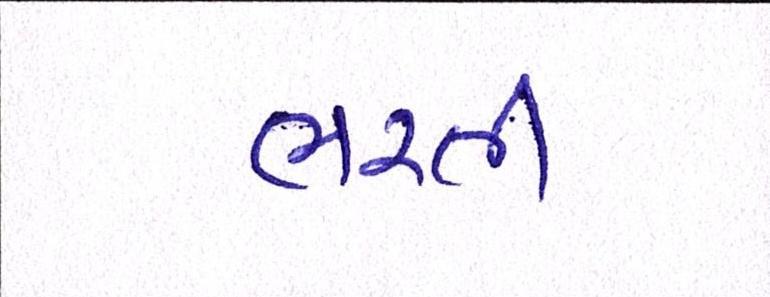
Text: ભરતી